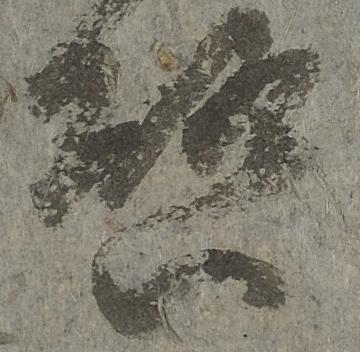
啓